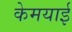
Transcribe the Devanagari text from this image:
केमयाई